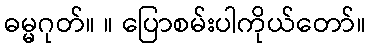
ဓမ္မဂုတ်။ ။ ပြောစမ်းပါကိုယ်တော်။